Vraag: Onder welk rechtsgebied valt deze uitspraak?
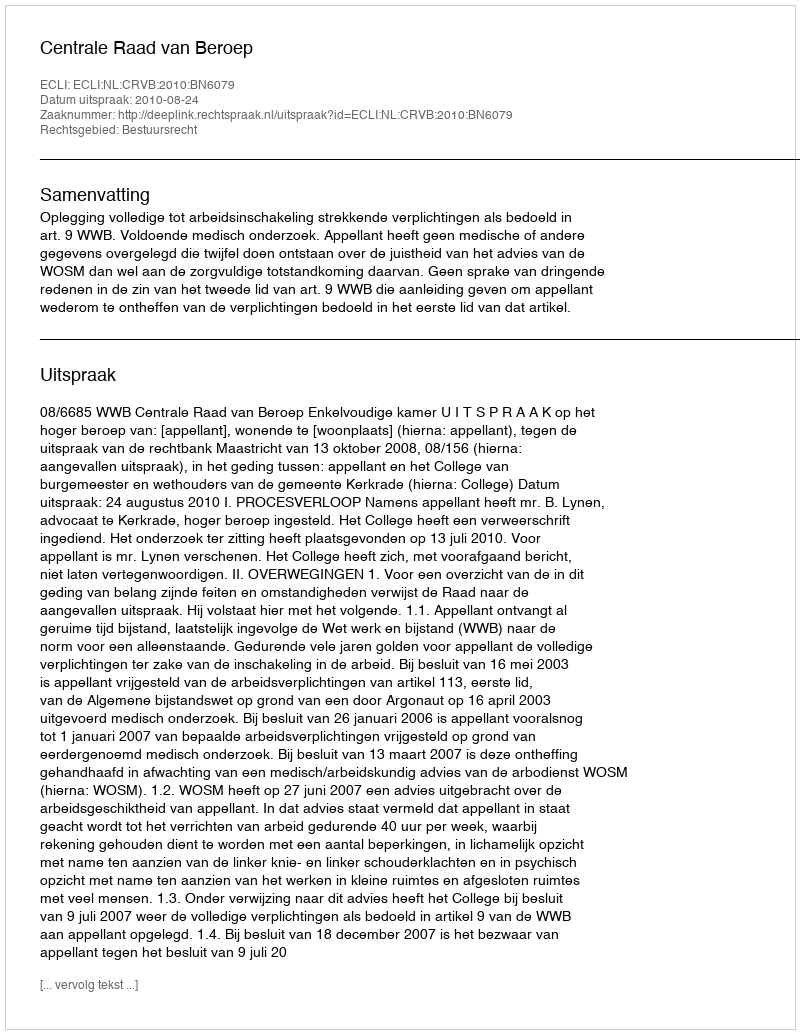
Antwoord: Bestuursrecht